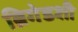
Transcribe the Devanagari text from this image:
ब्रिगेडशी